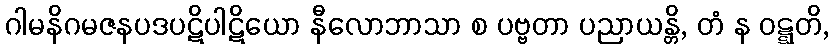
ဂါမနိဂမဇနပဒပဋိပါဋိယော နီလောဘာသာ စ ပဗ္ဗတာ ပညာယန္တိ, တံ န ဝဋ္ဋတိ,